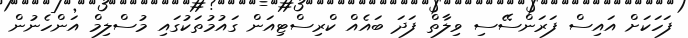
ފަހަކަށް އައިސް ފަރަންސޭސި ވިލާތް ފަދަ ބައެއް ކްރިސްޓިއަން ގައުމުތަކުގައި މުސްލިމް އަންހެނުން